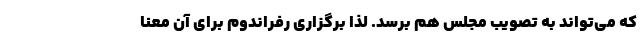
که می‌تواند به تصویب مجلس هم برسد. لذا برگزاری رفراندوم برای آن معنا